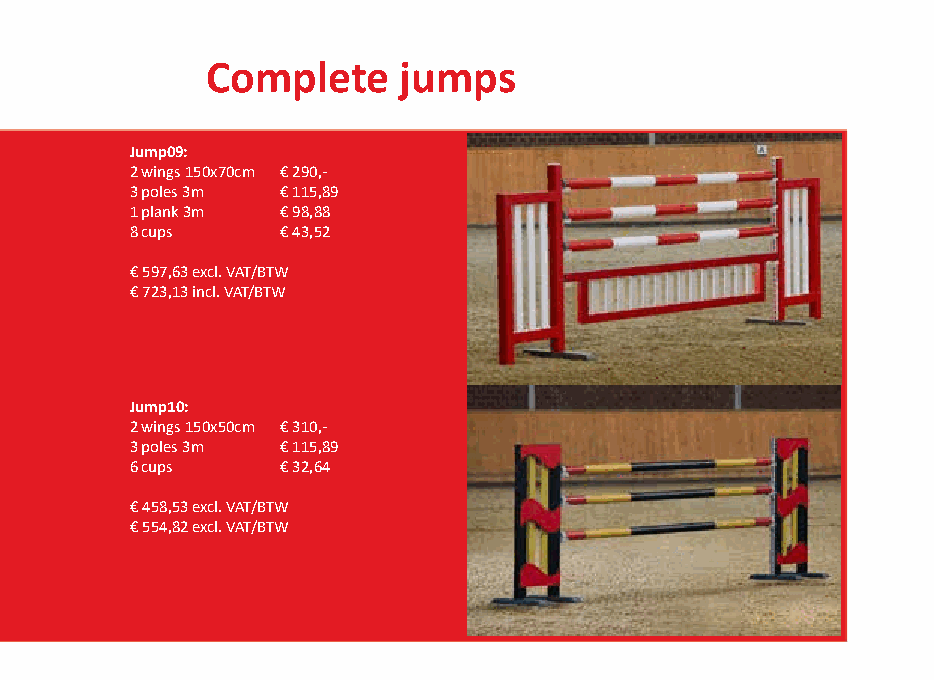
Complete    jumps
 Jump09:
 2 wings 150x70cm € 290,-
 3 poles 3m € 115,89
 1 plank 3m € 98,88
 8 cups    € 43,52
 € 597,63 excl. VAT/BTW
 € 723,13 incl. VAT/BTW
 Jump10:
 2 wings 150x50cm € 310,-
 3 poles 3m € 115,89
 6 cups    € 32,64
 € 458,53 excl. VAT/BTW
 € 554,82 excl. VAT/BTW